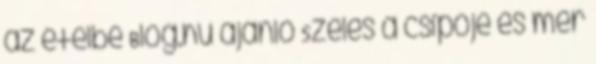
az ételbe Blog.hu ajánló Széles a csípője és mer